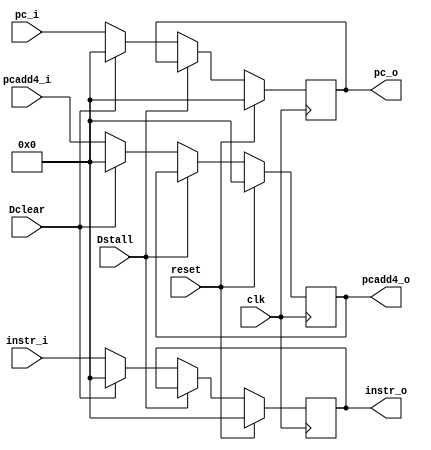
module D(
	input [31:0] pc_i,
    input clk,
    input reset,
    input Dstall,
    input Dclear,
    input [31:0] instr_i,
    input [31:0] pcadd4_i,
	output reg [31:0] pc_o,
    output reg [31:0] instr_o,
    output reg [31:0] pcadd4_o
);
    always @(posedge clk) begin
        if (reset == 1) begin
            instr_o <= 0;
            pcadd4_o <= 0;
			pc_o <= 0;
        end else begin
            if (Dstall == 1) begin
                instr_o <= instr_o;
                pcadd4_o <= pcadd4_o;
				pc_o <= pc_o;
            end else if (Dclear == 1) begin
                instr_o <= 0;
                pcadd4_o <= 0;
				pc_o <= 0;
            end else begin
                instr_o <= instr_i;
                pcadd4_o <= pcadd4_i;
				pc_o <= pc_i;
            end
        end
    end
endmodule